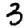
Digit: 3